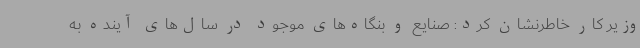
وزیر کار خاطرنشان کرد: صنایع و بنگاه‌های موجود در سال‌های آینده به